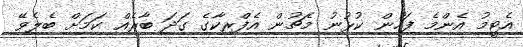
އެޓީމު އެންމެ ފަހުން ކުޅުނު މެޗުން އެފްރިކާގެ ގަދަ ބާރެއް ކަމަށް ބެލެވޭ